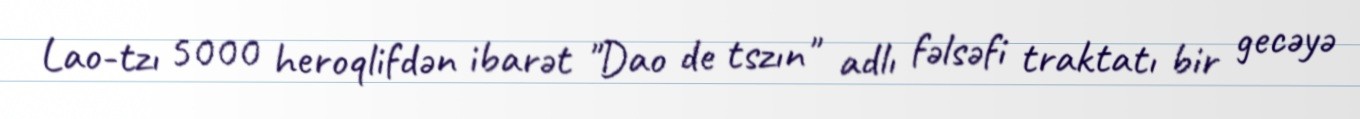
Lao-tzı 5000 heroqlifdən ibarət "Dao de tszın" adlı fəlsəfi traktatı bir gecəyə